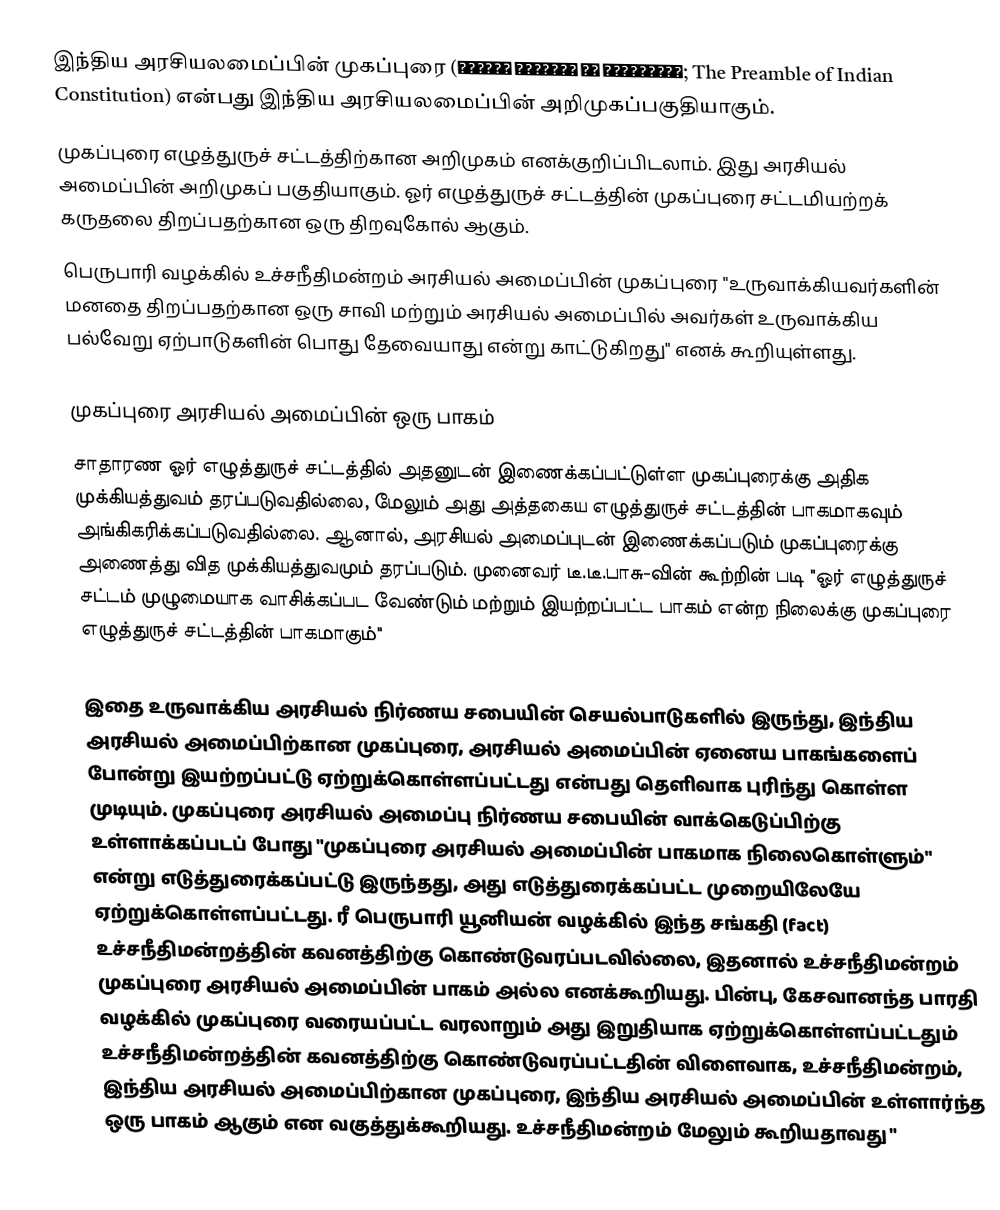
இந்திய அரசியலமைப்பின் முகப்புரை (भारतीय संविधान की उद्देशिका; The Preamble of Indian Constitution)  என்பது இந்திய அரசியலமைப்பின் அறிமுகப்பகுதியாகும்.
முகப்புரை எழுத்துருச் சட்டத்திற்கான அறிமுகம் எனக்குறிப்பிடலாம். இது அரசியல் அமைப்பின் அறிமுகப் பகுதியாகும். ஓர் எழுத்துருச் சட்டத்தின் முகப்புரை சட்டமியற்றக் கருதலை திறப்பதற்கான ஒரு திறவுகோல் ஆகும்.
பெருபாரி வழக்கில் உச்சநீதிமன்றம் அரசியல் அமைப்பின் முகப்புரை "உருவாக்கியவர்களின் மனதை திறப்பதற்கான ஒரு சாவி மற்றும் அரசியல் அமைப்பில் அவர்கள் உருவாக்கிய பல்வேறு ஏற்பாடுகளின் பொது தேவையாது என்று காட்டுகிறது" எனக் கூறியுள்ளது.

முகப்புரை அரசியல் அமைப்பின் ஒரு பாகம்
சாதாரண ஓர் எழுத்துருச் சட்டத்தில் அதனுடன் இணைக்கப்பட்டுள்ள முகப்புரைக்கு அதிக முக்கியத்துவம் தரப்படுவதில்லை, மேலும் அது அத்தகைய எழுத்துருச் சட்டத்தின் பாகமாகவும் அங்கிகரிக்கப்படுவதில்லை. ஆனால், அரசியல் அமைப்புடன் இணைக்கப்படும் முகப்புரைக்கு அணைத்து வித முக்கியத்துவமும் தரப்படும். முனைவர் டீ.டீ.பாசு-வின் கூற்றின் படி "ஓர் எழுத்துருச் சட்டம் முழுமையாக வாசிக்கப்பட வேண்டும் மற்றும் இயற்றப்பட்ட பாகம் என்ற நிலைக்கு முகப்புரை எழுத்துருச் சட்டத்தின் பாகமாகும்"

இதை உருவாக்கிய அரசியல் நிர்ணய சபையின் செயல்பாடுகளில் இருந்து, இந்திய அரசியல் அமைப்பிற்கான முகப்புரை, அரசியல் அமைப்பின் ஏனைய பாகங்களைப் போன்று இயற்றப்பட்டு ஏற்றுக்கொள்ளப்பட்டது என்பது தெளிவாக புரிந்து கொள்ள முடியும். முகப்புரை அரசியல் அமைப்பு நிர்ணய சபையின் வாக்கெடுப்பிற்கு உள்ளாக்கப்படப் போது "முகப்புரை அரசியல் அமைப்பின் பாகமாக நிலைகொள்ளும்" என்று எடுத்துரைக்கப்பட்டு இருந்தது, அது எடுத்துரைக்கப்பட்ட முறையிலேயே ஏற்றுக்கொள்ளப்பட்டது. ரீ பெருபாரி யூனியன் வழக்கில் இந்த சங்கதி (fact) உச்சநீதிமன்றத்தின் கவனத்திற்கு கொண்டுவரப்படவில்லை, இதனால் உச்சநீதிமன்றம் முகப்புரை அரசியல் அமைப்பின் பாகம் அல்ல எனக்கூறியது. பின்பு, கேசவானந்த பாரதி வழக்கில் முகப்புரை வரையப்பட்ட வரலாறும் அது இறுதியாக ஏற்றுக்கொள்ளப்பட்டதும் உச்சநீதிமன்றத்தின் கவனத்திற்கு கொண்டுவரப்பட்டதின் விளைவாக, உச்சநீதிமன்றம், இந்திய அரசியல் அமைப்பிற்கான முகப்புரை, இந்திய அரசியல் அமைப்பின் உள்ளார்ந்த ஒரு பாகம் ஆகும் என வகுத்துக்கூறியது. உச்சநீதிமன்றம் மேலும் கூறியதாவது "